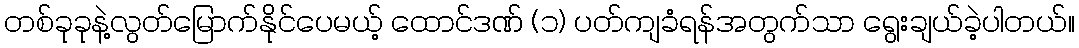
တစ်ခုခုနဲ့လွတ်မြောက်နိုင်ပေမယ့် ထောင်ဒဏ် (၁) ပတ်ကျခံရန်အတွက်သာ ရွေးချယ်ခဲ့ပါတယ်။